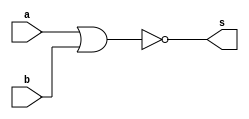
//-----------------------------
// Nome: Silvino Henrique Santos de Souza
// Matrcula: 412773
//-----------------------------

//-----------------------------
//------ GUIA 02 - 02----------
//-----------------------------


module norgate (s, a, b);
	
	output s;
	input  a, b;
	
	assign s = ~(a | b);
	
endmodule // fim norgate


module testnandgate ;

	reg  a ,b;
	wire s1 ,s2, s3, s4;
	
	norgate NOR1(s1 ,a ,a);
	norgate NOR2(s2, b ,b);
	norgate NOR3(s3 ,s1,s2);
	norgate NOR4(s4 ,s3,s3);
	
	
	initial begin 
	
		$display("\n Guia 02 - Silvino Henrique Santos de Souza - 412773 ");
		$display("\n Tabela - Verdade da Porta NAND, usando NOR");
		$display("\n ~(a & b) = s\n");
		
		
	#1	a = 0; b = 0;	
		$monitor(" ~(%b & %b) = %b", a, b, s4);	
	#1	a = 0; b = 1;
	#1	a = 1; b = 0;
	#1	a = 1; b = 1;
			
	end

endmodule // fim testnandgate

/*Teste:
Guia 02 - Silvino Henrique Santos de Souza - 412773 
    
     Tabela - Verdade da Porta NAND, usando NOR
    
     ~(a & b) = s
    
     ~(0 & 0) = 1
     ~(0 & 1) = 1
     ~(1 & 0) = 1
     ~(1 & 1) = 0*/